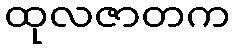
ထုလဇာတက